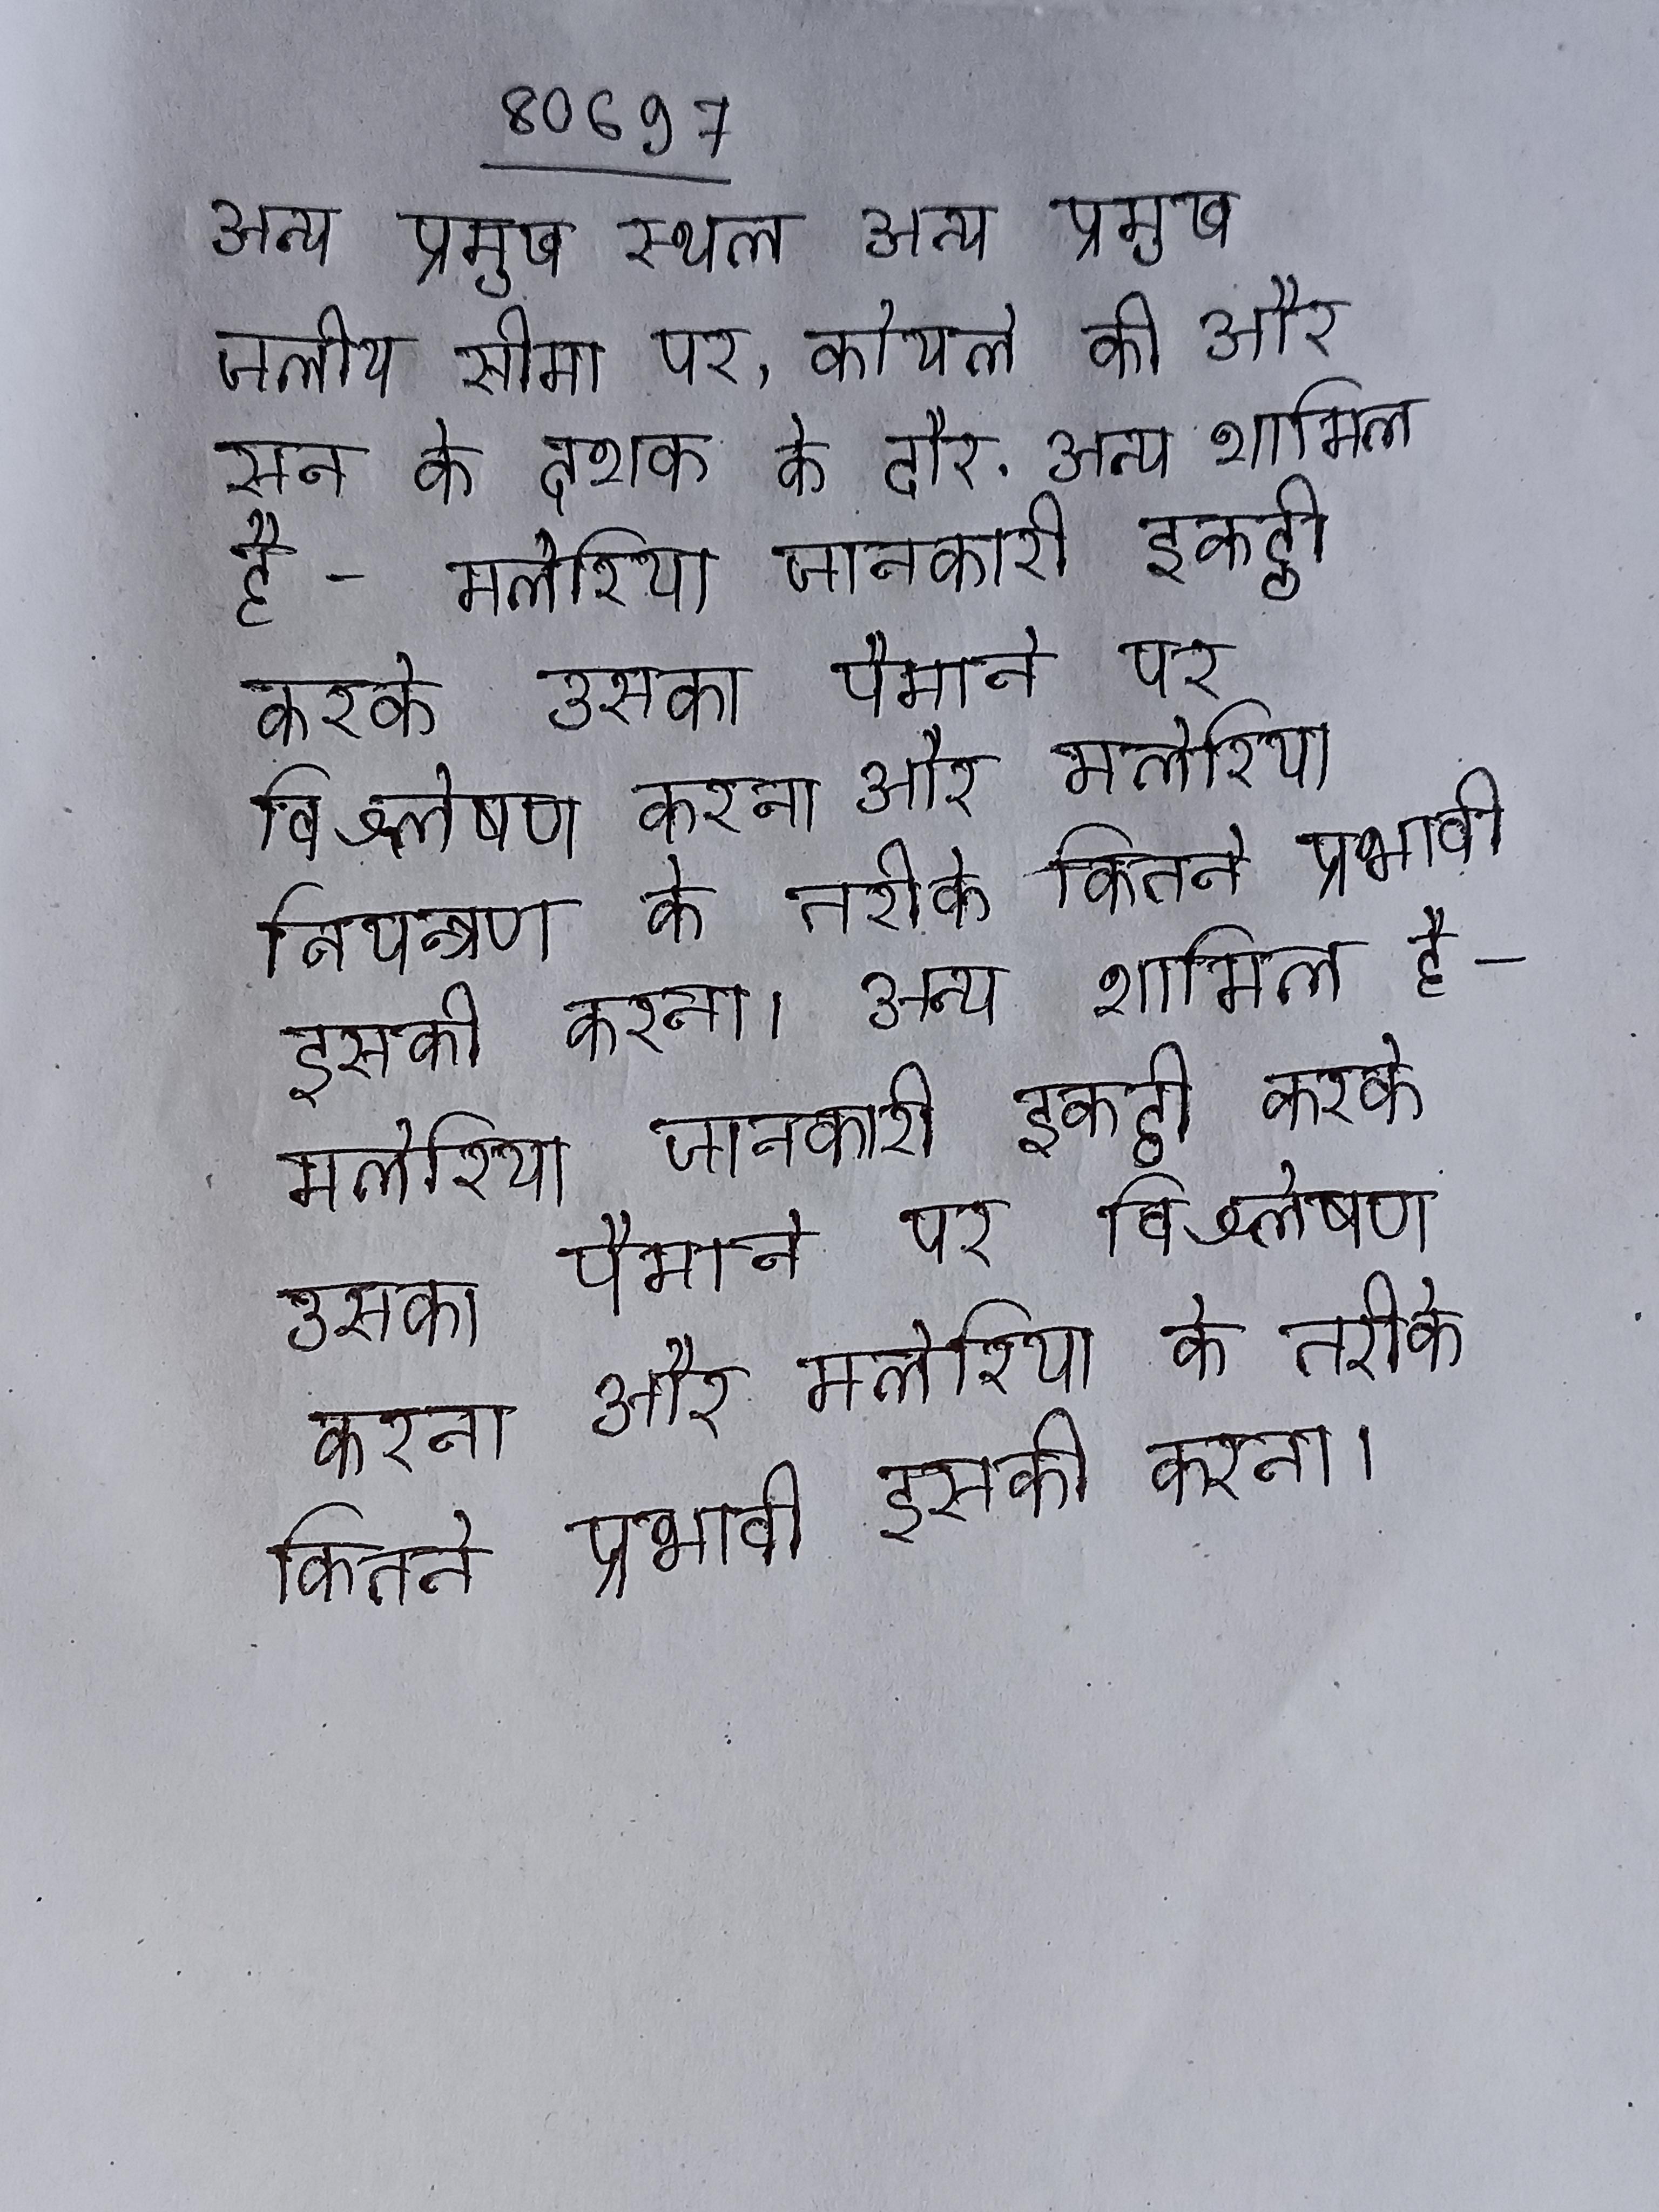
अन्य प्रमुख स्थल अन्य प्रमुख जलीय सीमा पर, कोयले की और सन के दशक के दौर . अन्य शामिल है- मलेरिया जानकारी इकट्ठी करके उसका पैमाने पर विश्लेषण करना और मलेरिया नियन्त्रण के तरीके कितने प्रभावी इसकी करना । अन्य शामिल है- मलेरिया जानकारी इकट्ठी करके उसका पैमाने पर विश्लेषण करना और मलेरिया के तरीके कितने प्रभावी इसकी करना ।